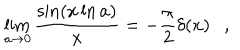
LaTeX: \lim _ { a \rightarrow 0 } { \frac { \sin ( x \ln a ) } { x } } = - { \frac { \pi } { 2 } } \delta ( x ) ,